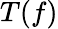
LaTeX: T(f)